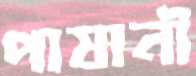
পাষানী